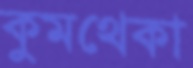
কুমথেকা